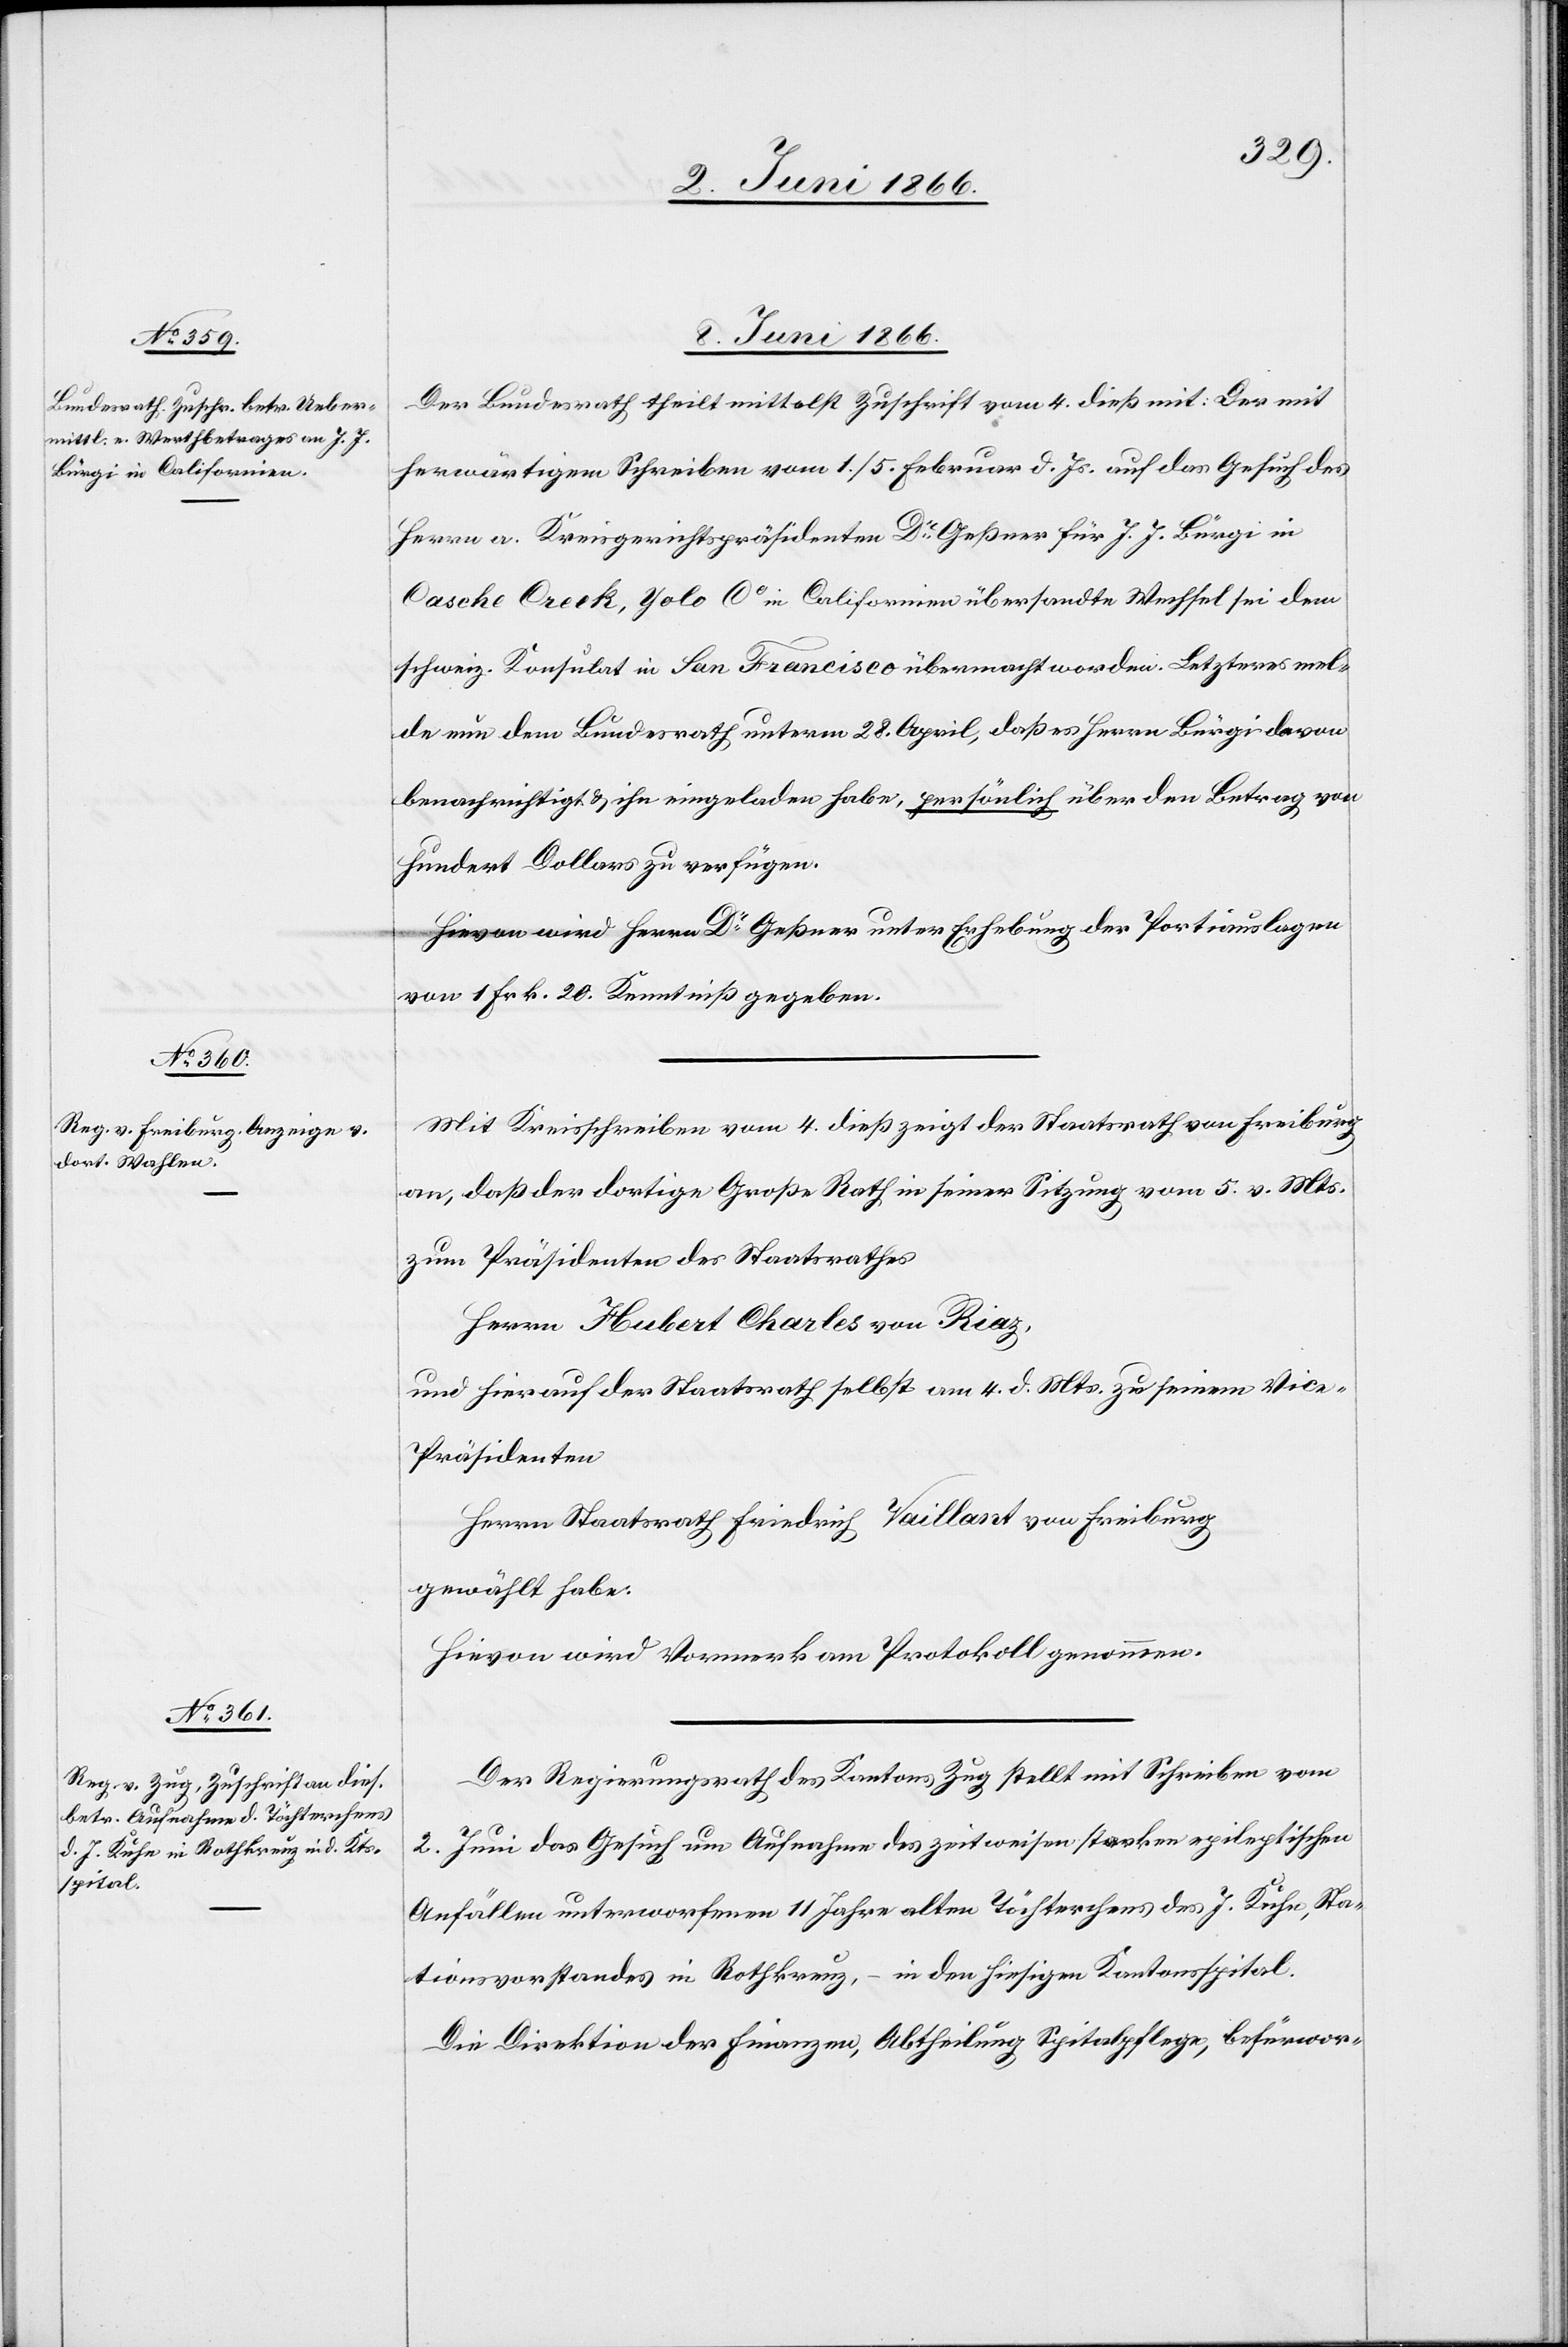
8. Juni 1866.]
Der Bundesrath theilt mittelst Zuschrift vom 4. dieß mit: Der mit
herwärtigem Schreiben vom 1./5. Februar d. Js. auf das Gesuch des
Herrn a. Kreisgerichtspräsidenten Dr. Geßner für J. J. Bürgi in
Casche Creek, Yolo Ct in Californien übersandte Wechsel sei dem
schweiz. Konsulat in San Francisco übermacht worden. Letzteres mel¬
de nun dem Bundesrath unterm 28. April, daß es Herrn Bürgi davon
benachrichtigt u. ihn eingeladen habe, persönlich über den Betrag von
Hundert Dollars zu verfügen.
Hievon wird Herrn Dr. Geßner unter Erhebung der Portiauslagen
von 1 Frk. 20. Kenntniß gegeben.
Mit Kreisschreiben vom 4. dieß zeigt der Staatsrath von Freiburg
an, daß der dortige Große Rath in seiner Sitzung vom 5. v. Mts.
zum Präsidenten des Staatsrathes
Herrn Hubert Charles von Riaz,
und hierauf der Staatsrath selbst am 4. d. Mts. zu seinem Vic¬
e-Präsidenten
Herrn Staatsrath Friedrich Vaillant von Freiburg
gewählt habe.
Hievon wird Vormerk am Protokoll genommen.
Der Regierungsrath des Kantons Zug stellt mit Schreiben vom
2. Juni das Gesuch um Aufnahme des zeitweisen starken epileptischen
Anfällen unterworfenen 11 Jahre alten Töchterchens des J. Kuhn, Sta¬
tionsvorstandes in Rothkreuz, – in den hiesigen Kantonsspital.
Die Direktion der Finanzen, Abtheilung Spitalpflege, befürwor-